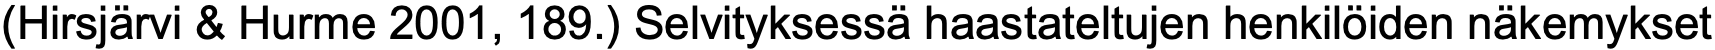
(Hirsjärvi & Hurme 2001, 189.) Selvityksessä haastateltujen henkilöiden näkemykset